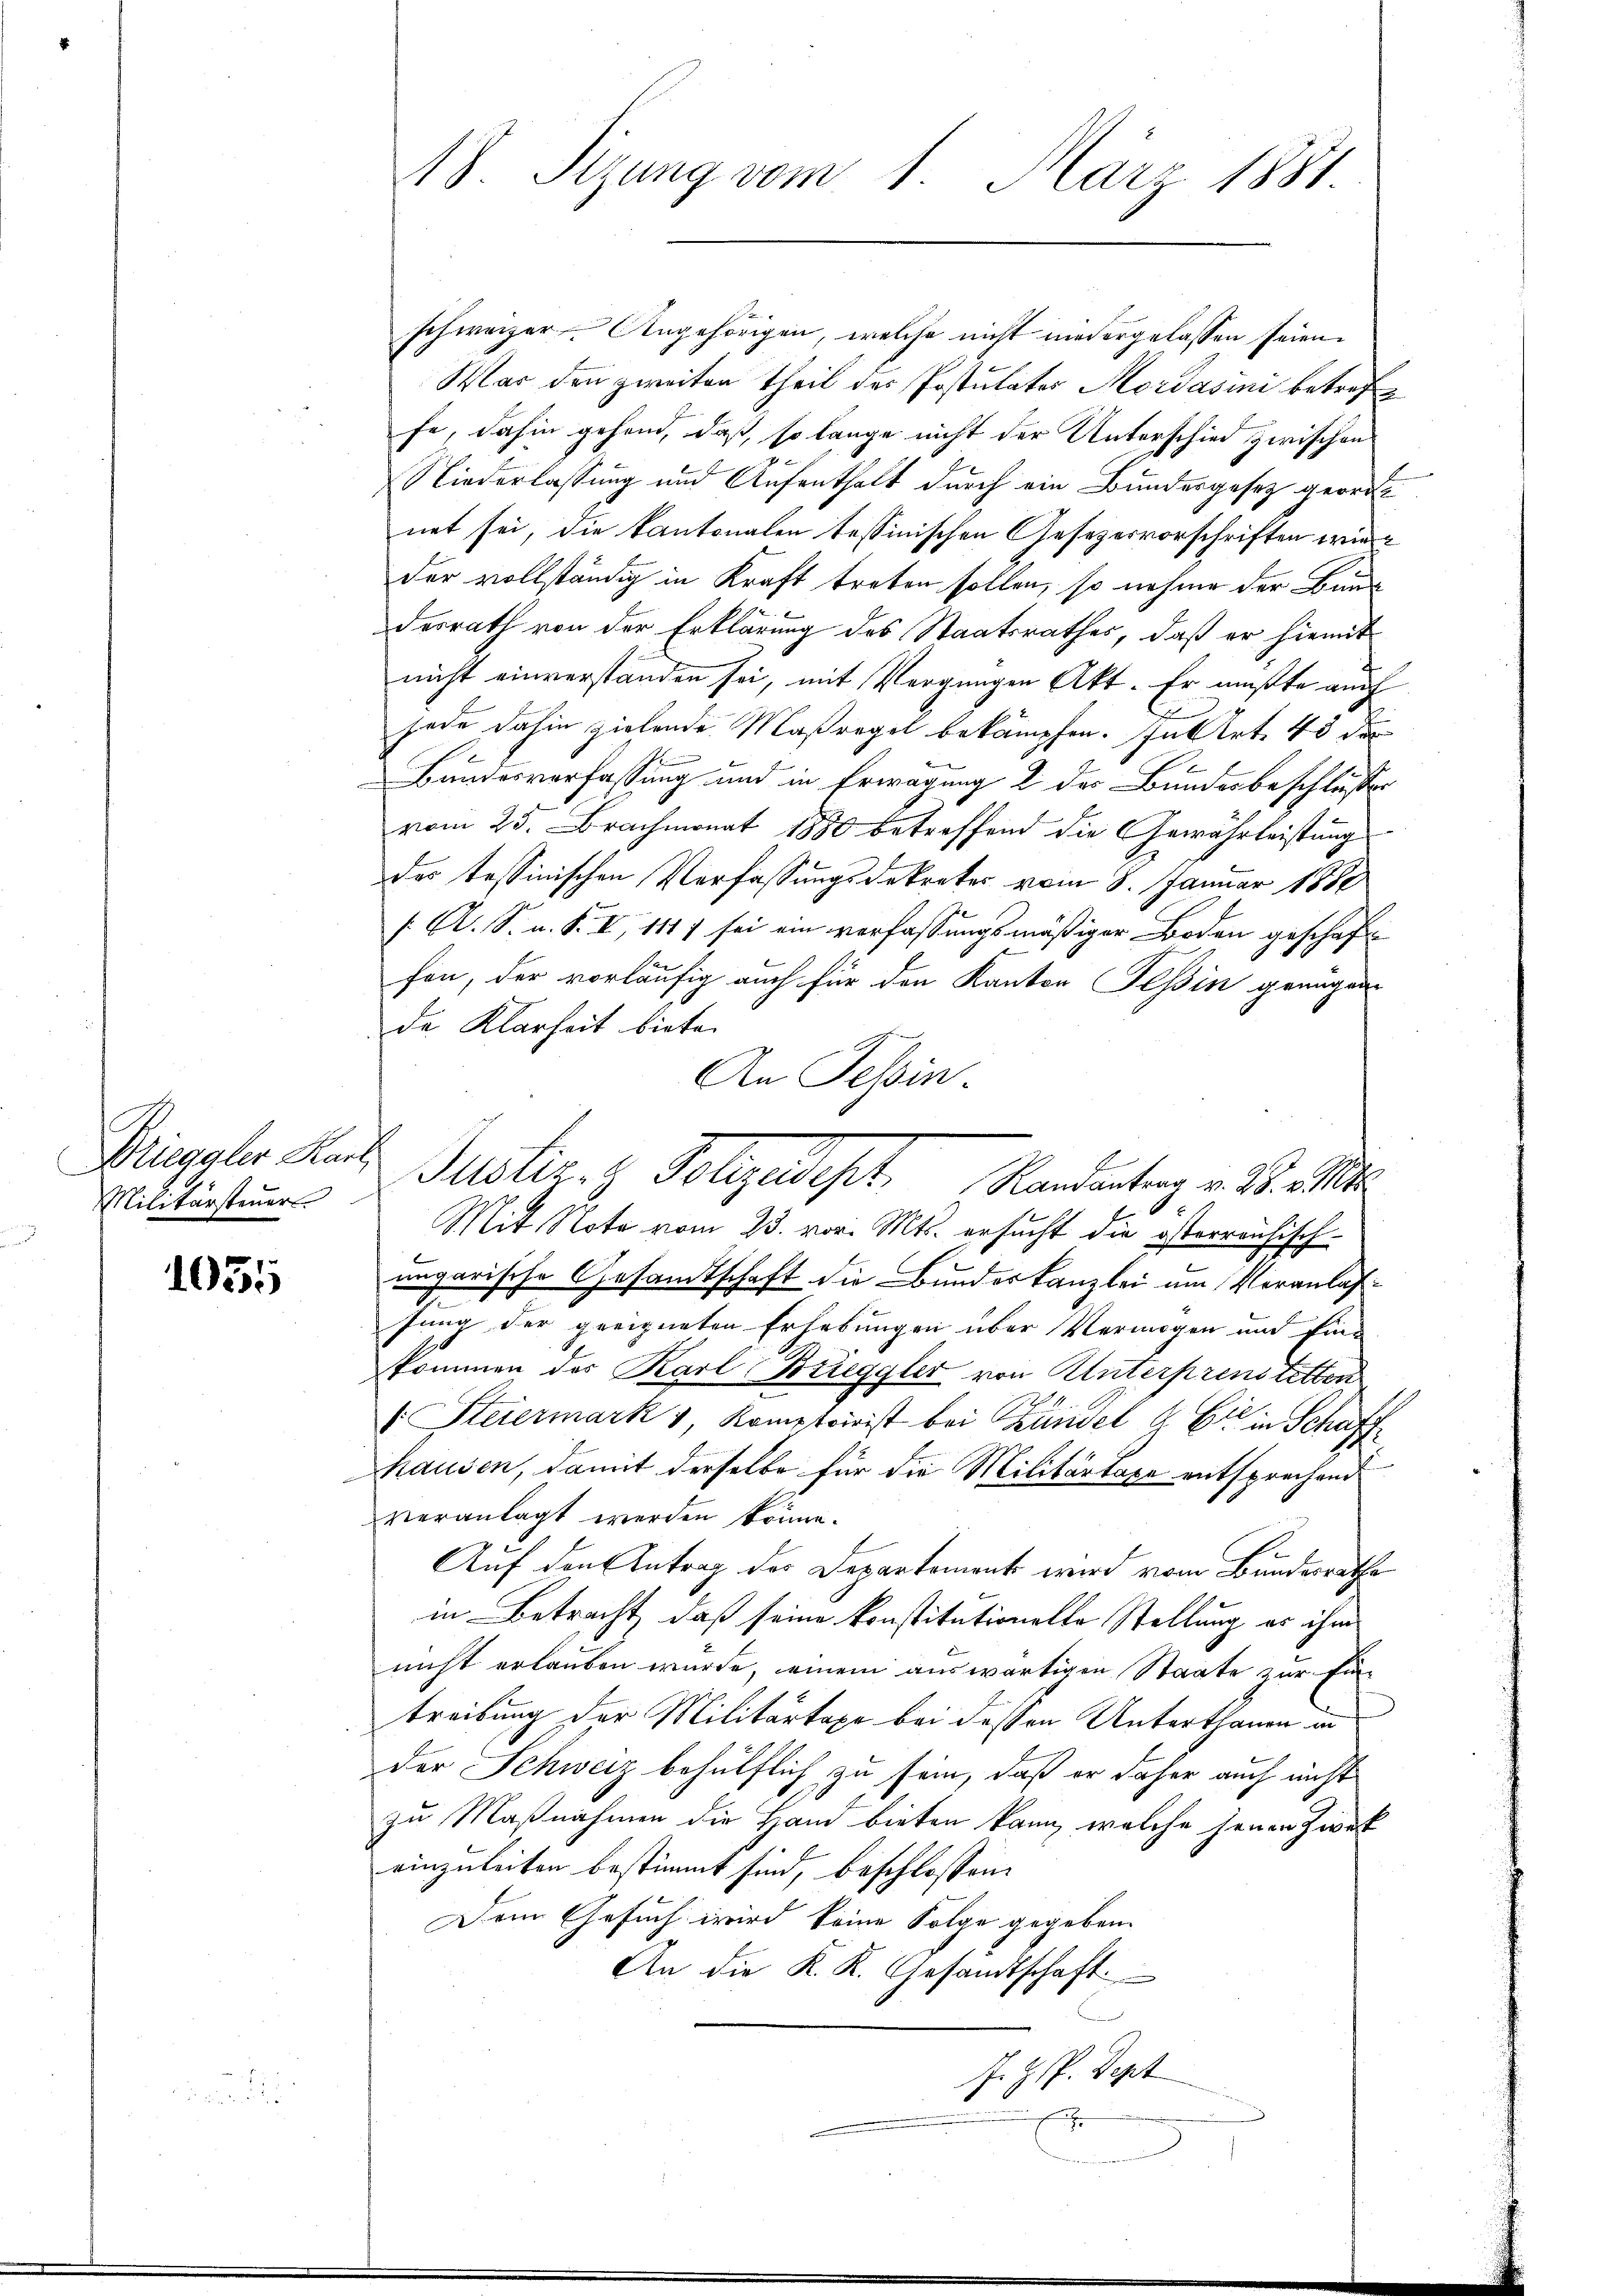
Drieggler Karl,
Militärsteuer.

1055

A8. Sizung vom 1. März 1881.

schweizer. Angehörigen, welche nicht niedergelassen seien.
War den zweiten Theil der Postulator Mordašini betreffe
fe, dahin gehend, daß, so lange nicht der Unterschied zwischen
Niederlassung und Aufenthalt durch ein Bundesgesetz geordnet sei, die kantonalen tessinischen Gesezesvorschriften wieder vollständig in Kraft treten sollen, so nehme der Baudesrath von der Erklärung des Staatsrathes, daß er hiemit
nicht einverstanden sei, mit Vergnügen Akt. Er mußte auch
e
jode dahin zielende Maßregel bekämpfen. In Art. 48 des
Bandesverfassung und in Erwägung 2 der Bundesbeschlusses
vom 25. Brachmonat 1880 betreffend die Gewährleistung
des tessinischen Verfassungsdekreter vom 8. Januar 1888
/A. S. u. S. II, 111 7 sei ein verfassungsmäßiger Boden geschaft
fen, der vorläufig auch für den Kanton Tessin genügen
de Klarheit biete.
An Tessin.
e
Mit Note vom 23. vor. Mts. ersucht die österreichisch-
ungarische Gesandtschaft die Bundeskanzlei am Veranlassung der geeigneten Erhebungen über Vermögen und Ein-
kommen des Karl Brieggler von Unterprenstetten
. Steiermark v Komptirist bei Kündel & Cie in Schaff
hausen, damit derselbe für die Militärtaxe entsprechend
veranlagt werden könne.
Auf den Antrag der Departement wird vom Bundesrathe
in Betracht, daß seine konstitutionelle Stellung er ihm
nicht erlauben wurde, einem auswärtigen Staate zur Eintreibung der Militärtaxe bei dessen Unterthanen in
der Schweiz behülflich zu sein, daß er daher auch nicht
zu Maßnahmen die Hand bieten kann, welche jenen Zweck
einzuleiten bestimmt sind, beschlossen:
Dem Gesuch wird keine Folge gegeben.
An die K. K. Gesandtschaft
J. Zsp. Sept
r

Justiz- & Polizeidest. Mandanten v. M. M.